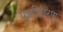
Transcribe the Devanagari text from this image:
पुन्रवितरण